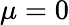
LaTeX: \mu=0